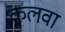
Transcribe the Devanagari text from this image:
कलवा